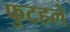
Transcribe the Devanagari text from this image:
फुटहले